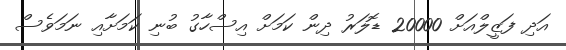
އަދި ފަޒީލްއަށް 20000 ޑޮލަރު ދިން ކަމަށް އިސްހާގު ބުނި ކަމަށާއި ނަމަވެސް